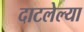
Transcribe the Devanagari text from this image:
दाटलेल्या